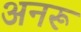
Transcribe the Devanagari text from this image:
अनरू